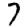
Digit: 7